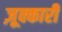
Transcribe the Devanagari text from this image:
ज़ूक्कारी